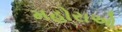
મહોરાઓ